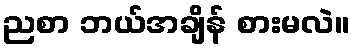
ညစာ ဘယ်အချိန် စားမလဲ။